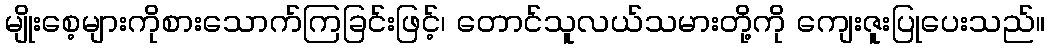
မျိုးစေ့များကိုစားသောက်ကြခြင်းဖြင့်၊ တောင်သူလယ်သမားတို့ကို ကျေးဇူးပြုပေးသည်။